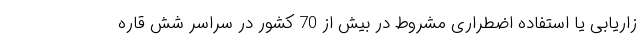
زاریابی یا استفاده اضطراری مشروط در بیش از 70 کشور در سراسر شش قاره